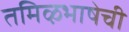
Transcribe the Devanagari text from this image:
तमिऴभाषेची